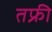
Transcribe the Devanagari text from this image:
तफ्री